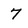
Character: 7